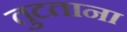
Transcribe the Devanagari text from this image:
तुटताना